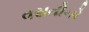
વસતીનો